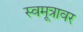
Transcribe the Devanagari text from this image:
स्वमूत्रावर